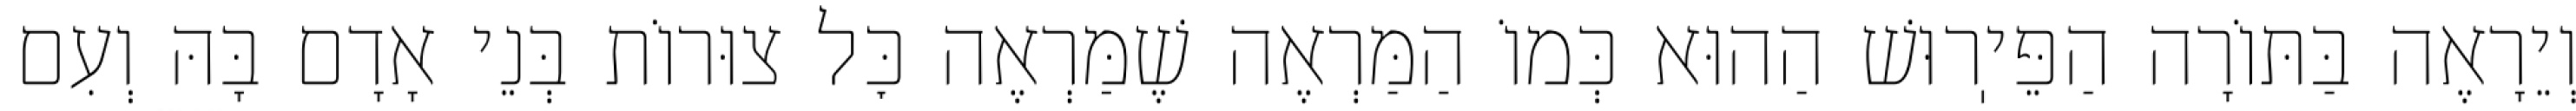
וְיֵרָאֶה בַּתּוֹרָה הַפֵּיֽרוּשׁ הַהוּא כְּמוֹ הַמַּרְאֶה שֶׁמַּרְאֶה כׇּל צוּרוֹת בְּנֵי אָדָם בָּהּ וְעִם